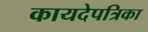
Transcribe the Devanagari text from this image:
कायदेपत्रिका